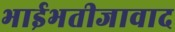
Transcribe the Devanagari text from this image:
भाईभतीजावाद